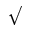
\surd